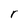
Character: r